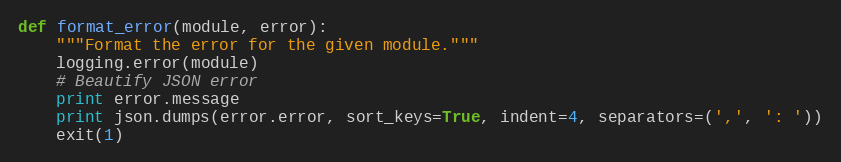
Language: Python
def format_error(module, error):
    """Format the error for the given module."""
    logging.error(module)
    # Beautify JSON error
    print error.message
    print json.dumps(error.error, sort_keys=True, indent=4, separators=(',', ': '))
    exit(1)